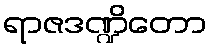
ရာဇဒဏ္ဍိတော